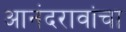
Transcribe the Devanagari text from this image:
आनंदरावांचा